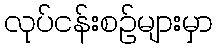
လုပ်ငန်းစဉ်များမှာ